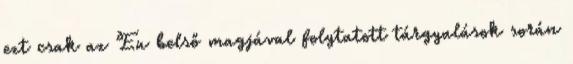
ezt csak az Eu belső magjával folytatott tárgyalások során